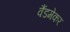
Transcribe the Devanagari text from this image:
वैंडमेकर